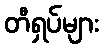
တီရှပ်များ